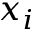
x _ { i }